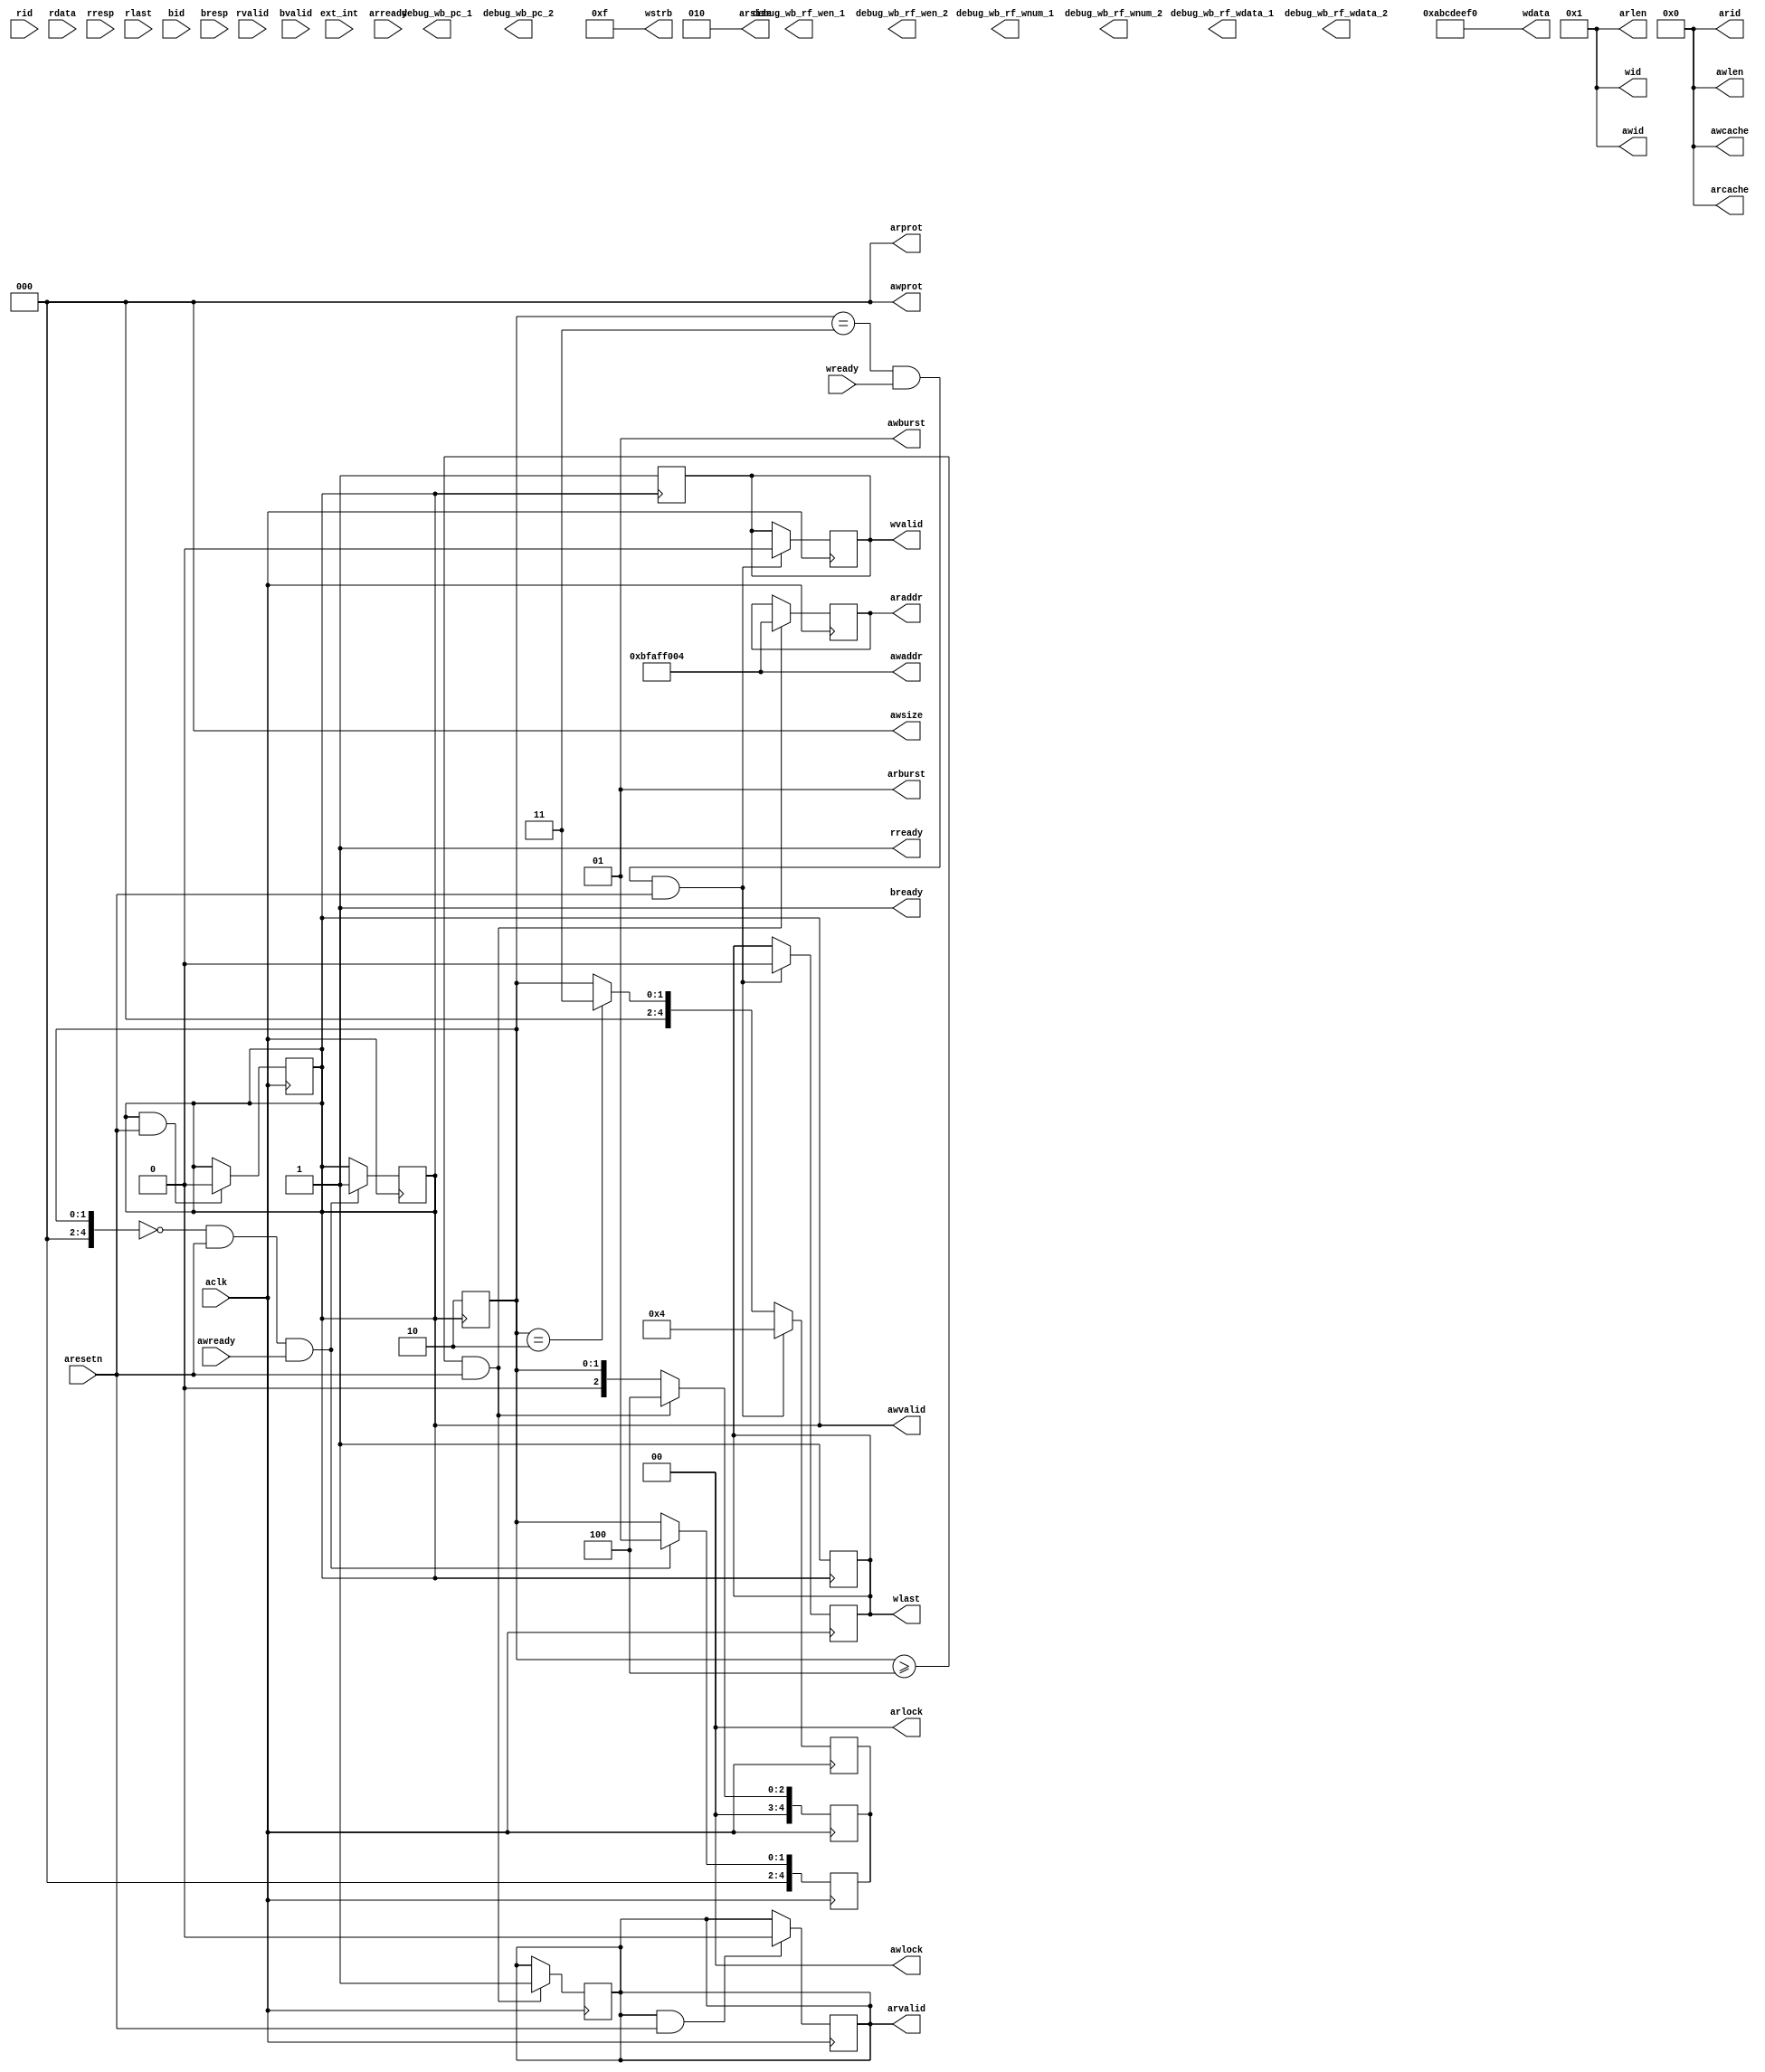
module FAKECPU(
	//global signal
	input  [5:0]  ext_int			,
    input         aclk 			,
    input  		  aresetn		,
    //read address channel
    output reg[3 :0] arid         ,
    output reg[31:0] araddr       ,
    output reg[3 :0] arlen        ,
    output reg[2 :0] arsize       ,
    output reg[1 :0] arburst      ,
    output reg[1 :0] arlock       ,
    output reg[3 :0] arcache      ,
    output reg[2 :0] arprot       ,
    output   reg     arvalid      ,
    input         arready      ,
    //read data channel
    input  [3 :0] rid          ,
    input  [31:0] rdata        ,
    input  [1 :0] rresp        ,
    input         rlast        ,
    input         rvalid       ,
    output     reg   rready       ,
    //write address channel
    output reg [3 :0] awid         ,
    output reg[31:0] awaddr       ,
    output reg[3 :0] awlen        ,
    output reg[2 :0] awsize       ,
    output reg[1 :0] awburst      ,
    output reg[1 :0] awlock       ,
    output reg[3 :0] awcache      ,
    output reg[2 :0] awprot       ,
    output reg       awvalid      ,
    input         awready      ,
    //write data channel
    output reg[3 :0] wid          ,
    output reg[31:0] wdata        ,
    output reg[3 :0] wstrb        ,
    output  reg     wlast        ,
    output  reg      wvalid       ,
    input         wready       ,
    //write response channel
    input  [3 :0] bid          ,
    input  [1 :0] bresp        ,
    input        bvalid       ,
    output    reg    bready       ,
    //debug signal
    output  reg[31:0] debug_wb_pc_1,
    output  reg[3:0] debug_wb_rf_wen_1,
    output  reg[4:0] debug_wb_rf_wnum_1,
    output  reg[31:0] debug_wb_rf_wdata_1,
    output  reg[31:0] debug_wb_pc_2,
    output  reg[3:0] debug_wb_rf_wen_2,
    output  reg[4:0] debug_wb_rf_wnum_2,
    output  reg[31:0] debug_wb_rf_wdata_2

    );
    wire cpu_inst_req;
    wire [31:0] cpu_inst_addr;
    wire [31:0] cpu_inst_rdata;
    wire [31:0] cpu_inst_cache_rdata;
    wire [31:0] cpu_inst_uncache_rdata;
    wire [31:0] cpu_inst_wdata;
    wire cpu_inst_addr_ok;
    wire cpu_inst_data_ok;
    wire cpu_data_req;
    wire cpu_data_wr;
	wire [31:0] cpu_data_wdata;
	
    wire [3:0] cpu_data_wstrb;
    wire [31:0] cpu_data_addr;
    wire [2 :0] cpu_data_size;

    wire [31:0] cpu_data_rdata;
    wire [31:0] cpu_data_cache_rdata;
    wire [31:0] cpu_data_cache_wdata;
    wire [31:0] cpu_data_uncache_rdata;
    wire [31:0] cpu_data_uncache_wdata;
    wire cpu_data_addr_ok;
    wire cpu_data_data_ok;
    wire cache_req;
    wire [6 :0] cache_op;
    wire [31:0] cache_tag;    
    reg cache_op_r;
    //
	
	reg [31:0]araddr_v;
	reg [31:0]awaddr_v;
//	assign araddr[28:0]=araddr_v[28:0];
//	assign araddr[31:29]=(araddr_v[31:30]==2'b10)?3'b000:araddr_v[31:29];
	// assign araddr[31:29]=araddr_v[31:29];
//	assign awaddr[28:0]=awaddr_v[28:0];
//	assign awaddr[31:29]=(awaddr_v[31:30]==2'b10)?3'b000:awaddr_v[31:29];	
	// assign awaddr[31:29]=awaddr_v[31:29];	

	initial
	begin
		arid=0;
		wid=1;
		awid=1;
		// arlen=4'b1111;
		arlen=4'b0001;
		awlen=4'b0000;
		arsize=3'b010;
		awsize=3'b000;
		arburst=1'b1;
		awburst=1'b1;
		arlock=0;
		awlock=0;
		arcache=0;
		awcache=0;
		arprot=0;
		awprot=0;
		rready=1;
		wstrb=4'b1111;
		wdata=32'habcdeef0;
		cnt=0;
		bready=1;
		awaddr=32'hbfaf_f004;
	end
	reg [4:0]cnt;

	always@(posedge aclk)
	begin
		if(!cnt&aresetn&awready)
		begin
			// awaddr<=32'h1faf_f02c;
			awvalid<=1;
			cnt<=1;
		end
	end	
	always@(negedge awvalid)
	begin		
			wvalid<=1;
			wlast<=1;
			cnt<=2;

	end	
	
	always@(posedge aclk)
	begin
		if(cnt==3&wready&aresetn)
		begin
			
			wvalid<=0;
			wlast<=0;
			cnt<=4;
		end
		else if(cnt==2)
			cnt<=3;
	end	
	always@(posedge aclk)
	begin
		if(cnt>=4&&aresetn)
		begin
			
			arvalid<=1;
			araddr<=32'hbfaf_f004;
			cnt<=4;
		end
	end
		
	always@(posedge aclk)
	begin
		if(awvalid&aresetn)
			awvalid<=0;
	end
	always@(posedge aclk)
	begin
		if(arvalid&aresetn)
			arvalid<=0;
	end
	
	
	
endmodule